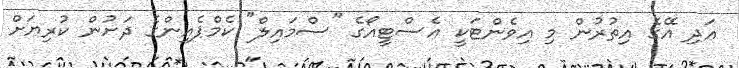
އަދި އޭގެ އިތުރުން މި އިވެންޓަކީ އެސްޓީއޯގެ "ސްމައިލް" ކެމްޕެއިންގެ ދަށުން ކުރިޔަށް